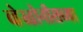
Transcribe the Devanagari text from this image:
व्हेस्तोनीसच्या